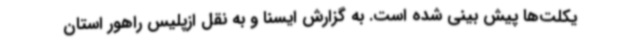
یکلت‌ها پیش بینی شده است. به گزارش ایسنا و به نقل ازپلیس راهور استان